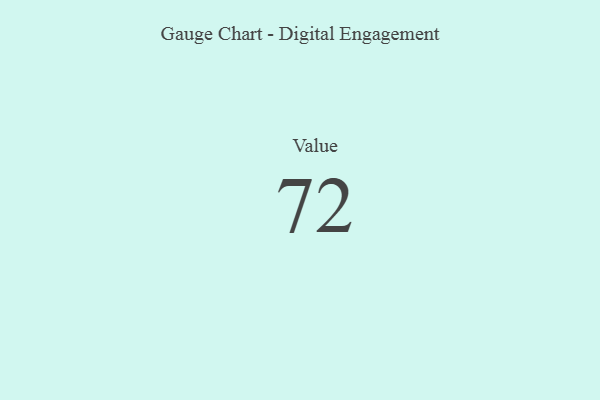
{"axis": {"x": "Metric", "y": "Value"}, "legend": [""], "data": [{"x": "Value", "y": 72, "type": ""}]}